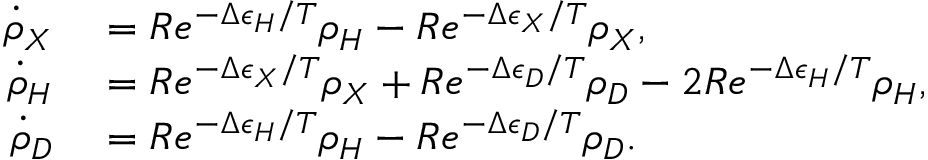
\begin{array} { r l } { \dot { \rho } _ { X } } & { { } = R e ^ { - \Delta \epsilon _ { H } / T } \rho _ { H } - R e ^ { - \Delta \epsilon _ { X } / T } \rho _ { X } , } \\ { \dot { \rho } _ { H } } & { { } = R e ^ { - \Delta \epsilon _ { X } / T } \rho _ { X } + R e ^ { - \Delta \epsilon _ { D } / T } \rho _ { D } - 2 R e ^ { - \Delta \epsilon _ { H } / T } \rho _ { H } , } \\ { \dot { \rho } _ { D } } & { { } = R e ^ { - \Delta \epsilon _ { H } / T } \rho _ { H } - R e ^ { - \Delta \epsilon _ { D } / T } \rho _ { D } . } \end{array}